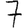
Digit: 7